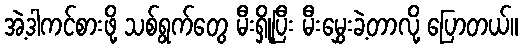
အဲ့ဒါကင်စားဖို့ သစ်ရွက်တွေ မီးရှို့ပြီး မီးမွှေးခဲ့တာလို့ ပြောတယ်။